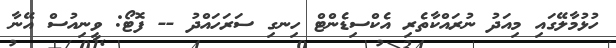
ހުޅުމާލޭގައި މިއަދު ނުރައްކާތެރި އެކްސިޑެންޓް ހިނގި ސަރަހައްދު -- ފޮޓޯ: ވީނިއުސް އޭނާ